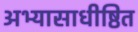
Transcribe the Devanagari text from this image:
अभ्यासाधीष्ठित